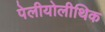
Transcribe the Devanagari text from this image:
पेलीयोलीथिक